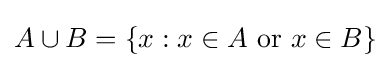
A\cup B=\{x:x\in A{\text{  or  }}x\in B\}